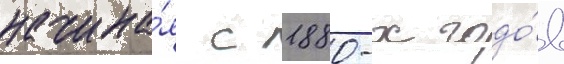
начина́я с 1880-х годо́в